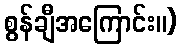
စွန်ချီအကြောင်း။)